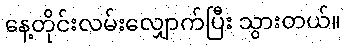
နေ့တိုင်းလမ်းလျှောက်ပြီး သွားတယ်။